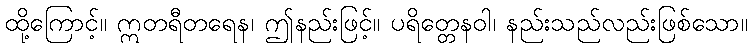
ထို့ကြောင့်။ ဣတရီတရေန၊ ဤနည်းဖြင့်။ ပရိတ္တေနဝါ၊ နည်းသည်လည်းဖြစ်သော။